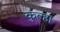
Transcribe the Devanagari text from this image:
कुल्हा